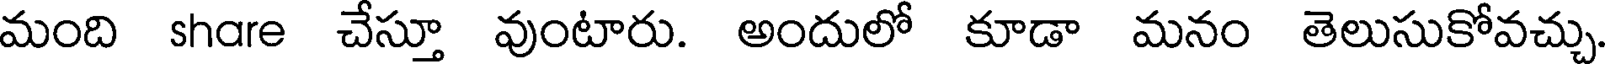
మంది share చేస్తూ వుంటారు. అందులో కూడా మనం తెలుసుకోవచ్చు